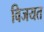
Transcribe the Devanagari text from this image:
विजयत